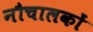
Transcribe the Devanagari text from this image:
नौचालकों